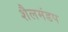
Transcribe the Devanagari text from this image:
शैलमंडप